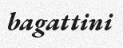
bagattini